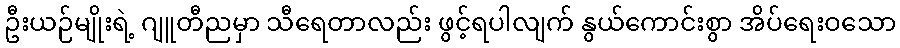
ဦးယဉ်မျိုးရဲ့ ဂျူတီညမှာ သီရေတာလည်း ဖွင့်ရပါလျက် နွယ်ကောင်းစွာ အိပ်ရေးဝသော